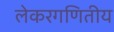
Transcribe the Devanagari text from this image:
लेकरगणितीय